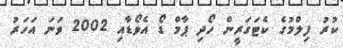
ކުރު ފިލްމުގެ ކެޓަގަރީން ހޯދި ޕާމް ޑޯ އެވޯޑާއި 2002 ވަނަ އަހަރު